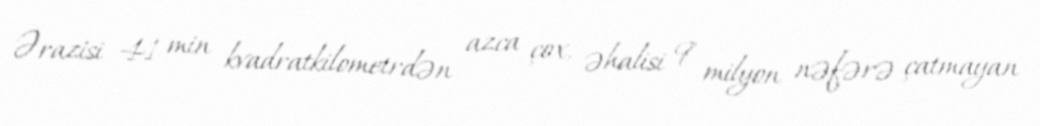
Ərazisi 41 min kvadratkilometrdən azca çox, əhalisi 9 milyon nəfərə çatmayan